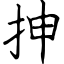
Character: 抻